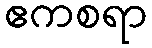
ဧကစရာ